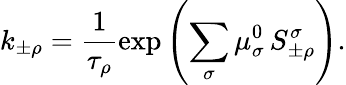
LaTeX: k_{\pm\rho}=\frac{1}{\tau_{\rho}}\exp\left(\sum_{\sigma}\mu_{\sigma}^{0}\, S_{\pm\rho}^{\sigma}\right).